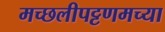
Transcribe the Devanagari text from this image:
मच्छलीपट्टणमच्या